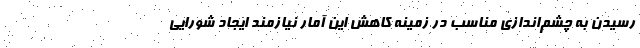
رسیدن به چشم‌اندازی مناسب در زمینه کاهش این آمار نیازمند ایجاد شورایی